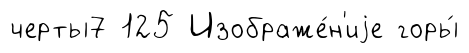
черты7 125 Изображе́н'иjе горы́